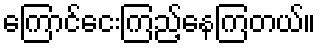
ကြောင်ငေးကြည့်နေကြတယ်။